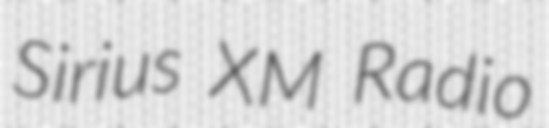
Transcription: Sirius XM Radio